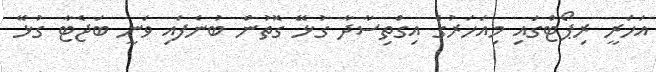
އަހަރީ ރިޕޯޓްގައި މިއަހަރުގެ އިގްތިސާދާ ގުޅޭ ގޮތުން ބުނެފައި ވަނީ ބަޖެޓާ ގުޅޭ